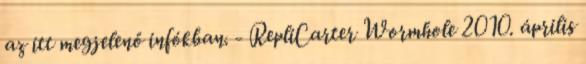
az itt megjelenő infókban. - RepliCarter Wormhole 2010. április